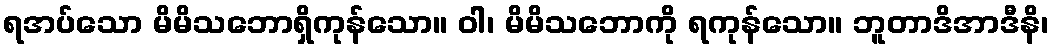
ရအပ်သော မိမိသဘောရှိကုန်သော။ ဝါ၊ မိမိသဘောကို ရကုန်သော။ ဘူတာဒိအာဒီနိ၊